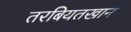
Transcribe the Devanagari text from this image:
तरबियतखान